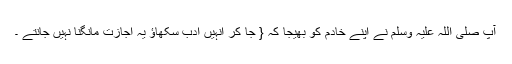
آپ صلی اللہ علیہ وسلم نے اپنے خادم کو بھیجا کہ { جا کر انہیں ادب سکھاؤ یہ اجازت مانگنا نہیں جانتے ۔